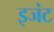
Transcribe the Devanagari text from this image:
इजंट